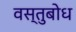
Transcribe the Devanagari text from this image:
वस्तुबोध